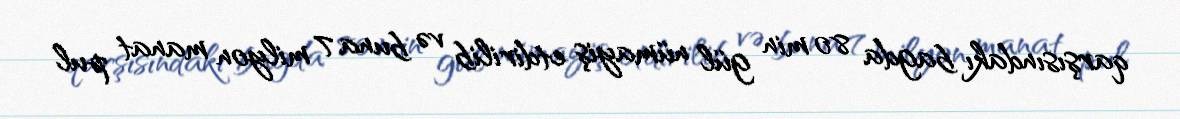
qarşısındakı bagda 80 min gül nümayiş etdirilib və buna 7 milyon manat pul